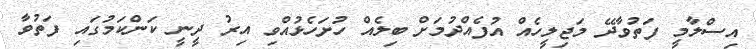
އިސްލާމީ ފަތުވާދޭ މަޖިލީހެއް އުފެއްދުމަށް ބިލެއް ހުށަހެޅުއްވި އިރު ދީނީ ކަންކަމުގައި ފަތުވާ